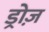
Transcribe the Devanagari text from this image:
ड्रोज़